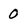
Character: 0